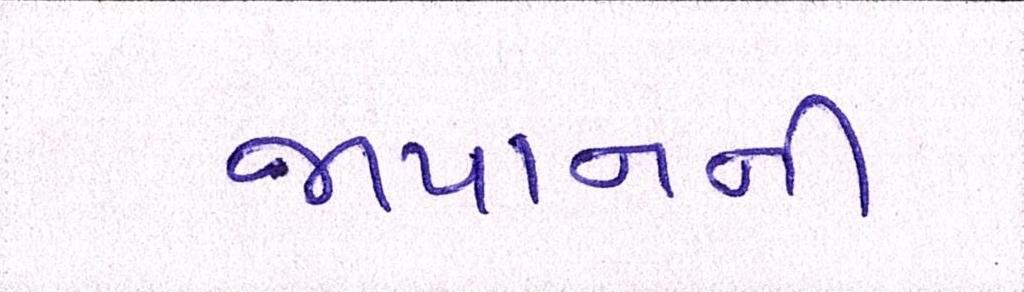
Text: જાપાનની